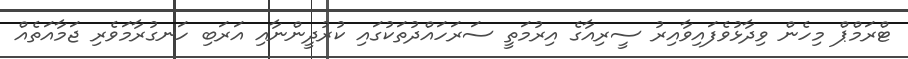
ޓްރަމްޕް މިހެން ވިދާޅުވެފައިވާއިރު ސީރިއާގެ އިރުމަތީ ސަރަހައްދުތަކުގައި ކުރުދީންނާއި އަރަބި ހަނގުރާމަވެރި ޖަމާއަތެއް